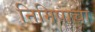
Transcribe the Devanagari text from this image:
निमिषाचा